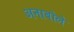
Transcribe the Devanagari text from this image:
अनाबोले